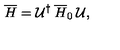
\overline { { H } } = \mathcal { U } ^ { \dagger } \: \overline { { H } } _ { 0 } \: \mathcal { U } ,